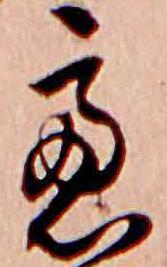
廬